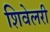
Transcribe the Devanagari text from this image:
शिवेलरी